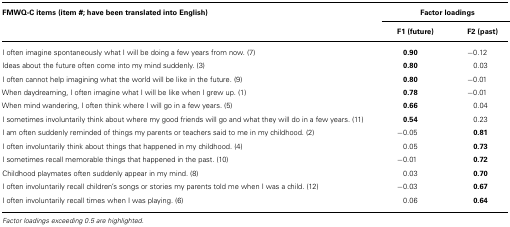
<table><thead><tr><td><b>FMWQ-C items (item #; have been translated into English)</b></td><td colspan="2"><b>Factor loadings</b></td></tr><tr><td></td><td><b>F1 (future)</b></td><td><b>F2 (past)</b></td></tr></thead><tbody><tr><td>I often imagine spontaneously what I will be doing a few years from now. (7)</td><td><b>0.90</b></td><td>-0.12</td></tr><tr><td>Ideas about the future often come into my mind suddenly. (3)</td><td><b>0.80</b></td><td>0.03</td></tr><tr><td>I often cannot help imagining what the world will be like in the future. (9)</td><td><b>0.80</b></td><td>-0.01</td></tr><tr><td>When daydreaming, I often imagine what I will be like when I grew up. (1)</td><td><b>0.78</b></td><td>-0.01</td></tr><tr><td>When mind wandering, I often think where I will go in a few years. (5)</td><td><b>0.66</b></td><td>0.04</td></tr><tr><td>I sometimes involuntarily think about where my good friends will go and what they will do in a few years. (11)</td><td><b>0.54</b></td><td>0.23</td></tr><tr><td>I am often suddenly reminded of things my parents or teachers said to me in my childhood. (2)</td><td>-0.05</td><td><b>0.81</b></td></tr><tr><td>I often involuntarily think about things that happened in my childhood. (4)</td><td>0.05</td><td><b>0.73</b></td></tr><tr><td>I sometimes recall memorable things that happened in the past. (10)</td><td>-0.01</td><td><b>0.72</b></td></tr><tr><td>Childhood playmates often suddenly appear in my mind. (8)</td><td>0.03</td><td><b>0.70</b></td></tr><tr><td>I often involuntarily recall children’s songs or stories my parents told me when I was a child. (12)</td><td>-0.03</td><td><b>0.67</b></td></tr><tr><td>I often involuntarily recall times when I was playing. (6)</td><td>0.06</td><td><b>0.64</b></td></tr></tbody></table>